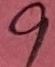
Text: 9